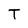
Character: T